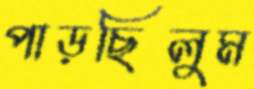
পাড়ছিলুম